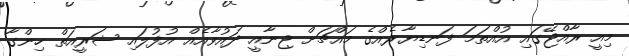
މިއީ ރާއްޖޭގައި އުއްތަމަ ފަނޑިޔާރެއްގެ މައްޗަށް ޖިނާއީ ދައުވާއެއް އުފުލައި ޝަރީއަތް ހިންގާ